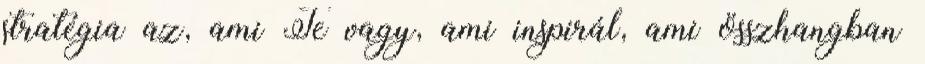
stratégia az, ami Te vagy, ami inspirál, ami összhangban